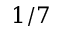
1 / 7